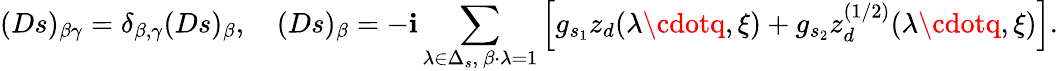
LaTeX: (Ds)_{\beta\gamma}=\delta_{\beta,\gamma}(Ds)_{\beta},\quad(Ds)_{\beta}=-\mathbf{i}\sum_{\lambda\in\Delta_{s},\ \beta\cdot\lambda=1}\left[g_{s_{1}}z_{d}(\lambda\cdotq,\xi)+g_{s_{2}}z_{d}^{(1/2)}(\lambda\cdotq,\xi)\right].